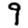
Digit: 9